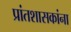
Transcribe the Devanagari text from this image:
प्रांतशासकांना